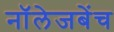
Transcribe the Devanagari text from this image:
नॉलेजबेंच